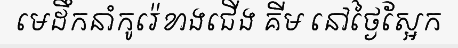
មេដឹកនាំកូរ៉េខាងជើង គីម នៅថ្ងៃស្អែក